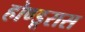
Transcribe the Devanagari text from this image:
होण्डूरास